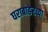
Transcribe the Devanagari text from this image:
घराबाहेरच्या